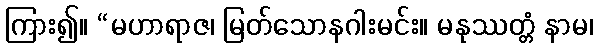
ကြား၍။ “မဟာရာဇ၊ မြတ်သောနဂါးမင်း။ မနုဿတ္တံ နာမ၊